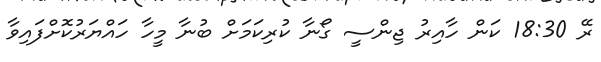
ރޭ 18:30 ކަން ހާއިރު ޖިންސީ ގޯނާ ކުރިކަމަށް ބުނާ މީހާ ހައްޔަރުކޮށްފައިވާ